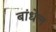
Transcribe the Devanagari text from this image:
बांधेल